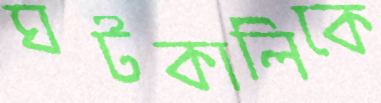
ঘটকালিকে